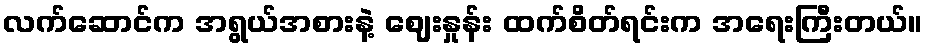
လက်ဆောင်က အရွယ်အစားနဲ့ ဈေးနှုန်း ထက်စိတ်ရင်းက အရေးကြီးတယ်။